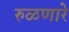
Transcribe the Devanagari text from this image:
रुळणारे